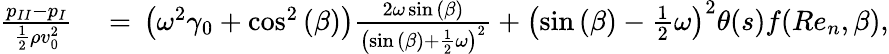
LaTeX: \begin{array}{rl}{\frac{{p_{II}}-{p_{I}}}{\frac{1}{2}\rho v_{0}^{2}}}&{{}={}\left(\omega^{2}\gamma_{0}+\cos^{2}{(\beta)}\right)\frac{2\omega\sin{(\beta)}}{\left(\sin{(\beta)}+\frac{1}{2}\omega\right)^{2}}+\left(\sin{(\beta)}-\frac{1}{2}\omega\right)^{2}\theta(s)f(Re_{n},\beta),}\end{array}